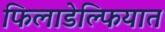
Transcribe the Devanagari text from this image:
फिलाडेल्फियात